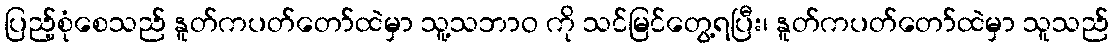
ပြည့်စုံစေသည် နူတ်ကပတ်တော်ထဲမှာ သူ့သဘာဝ ကို သင်မြင်တွေ့ရပြီး၊ နူတ်ကပတ်တော်ထဲမှာ သူသည်